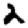
Digit: 2